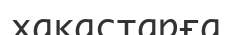
хакастарға